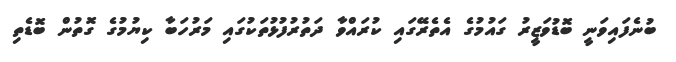
ބުނެފައިވަނީ ބޮޑުވަޒީރު ގައުމުގެ އެތެރޭގައި ކުރައްވާ ދަތުރުފުޅުތަކުގައި މަރުހަބާ ކިޔުމުގެ ގޮތުން ބޮޑެތި